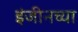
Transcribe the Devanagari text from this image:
इंजीनच्या